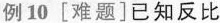
例10 [难题]已知反比